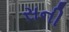
સની